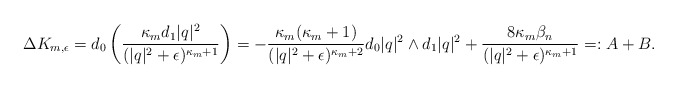
\begin{align*} \begin{aligned} \Delta K_{m,\epsilon} = d_0 \left(\frac{\kappa_m d_1|q|^2}{(|q|^2+\epsilon)^{\kappa_m+1}}\right)= -\frac{\kappa_m(\kappa_m+1)}{(|q|^2+\epsilon)^{\kappa_m+2}}d_0|q|^2\wedge d_1|q|^2+\frac{8\kappa_m\beta_n}{(|q|^2+\epsilon)^{\kappa_m+1}}=:A+B.\end{aligned} \end{align*}